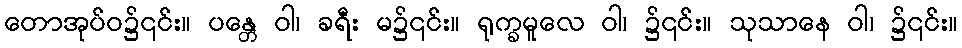
တောအုပ်ဝ၌၎င်း။ ပန္တေ ဝါ၊ ခရီး မ၌၎င်း။ ရုက္ခမူလေ ဝါ၊ ၌၎င်း။ သုသာနေ ဝါ၊ ၌၎င်း။